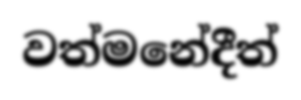
වත්මනේදීත්